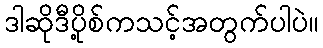
ဒါဆိုဒီပို့စ်ကသင့်အတွက်ပါပဲ။